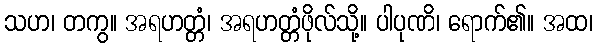
သဟ၊ တကွ။ အရဟတ္တံ၊ အရဟတ္တံဖိုလ်သို့။ ပါပုဏိ၊ ရောက်၏။ အထ၊